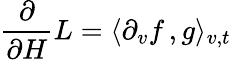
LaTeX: \frac{\partial}{\partial H}L=\langle\partial_{v}f\, ,g\rangle_{v,t}